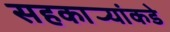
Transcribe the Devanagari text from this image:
सहकार्‍यांकडे